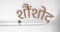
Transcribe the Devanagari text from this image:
शौंशोद